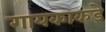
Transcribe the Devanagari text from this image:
गायकाकडे